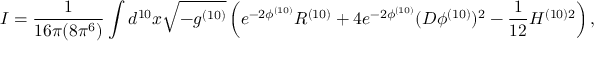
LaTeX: I = \frac { 1 } { 1 6 \pi ( 8 \pi ^ { 6 } ) } \int d ^ { 1 0 } x \sqrt { - g ^ { ( 1 0 ) } } \left( e ^ { - 2 \phi ^ { ( 1 0 ) } } R ^ { ( 1 0 ) } + 4 e ^ { - 2 \phi ^ { ( 1 0 ) } } ( D \phi ^ { ( 1 0 ) } ) ^ { 2 } - \frac { 1 } { 1 2 } H ^ { ( 1 0 ) 2 } \right) ,